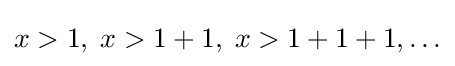
x>1,\;x>1+1,\;x>1+1+1,\ldots